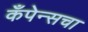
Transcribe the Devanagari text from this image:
कँपेन्सचा